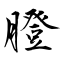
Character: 膯